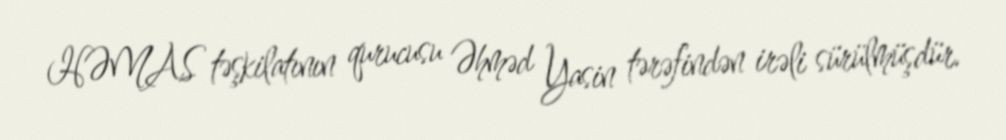
HƏMAS təşkilatının qurucusu Əhməd Yasin tərəfindən irəli sürülmüşdür.